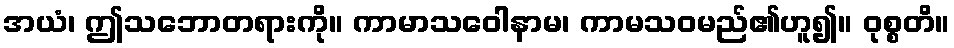
အယံ၊ ဤသဘောတရားကို။ ကာမာသဝေါနာမ၊ ကာမသဝမည်၏ဟူ၍။ ဝုစ္စတိ။